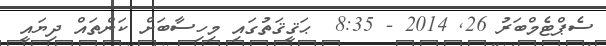
ސެޕްޓެމްބަރު 26